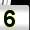
Digit: 5